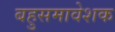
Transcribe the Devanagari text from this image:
बहुसमावेशक